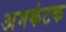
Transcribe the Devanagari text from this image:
अमकंटक